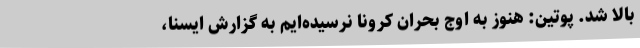
بالا شد. پوتین: هنوز به اوج بحران کرونا نرسیده‌ایم به گزارش ایسنا،